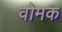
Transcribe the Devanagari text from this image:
वोमक